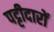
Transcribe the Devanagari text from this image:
पट्टीदारों